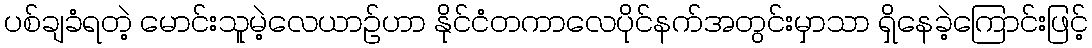
ပစ်ချခံရတဲ့ မောင်းသူမဲ့လေယာဉ်ဟာ နိုင်ငံတကာလေပိုင်နက်အတွင်းမှာသာ ရှိနေခဲ့ကြောင်းဖြင့်